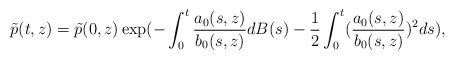
LaTeX: \begin{align*}\tilde{p}(t,z)=\tilde{p}(0,z) \exp(-\int_0^t \frac{a_0(s,z)}{b_0(s,z)}dB(s) - \frac{1}{2} \int_0^t (\frac{a_0(s,z)}{b_0(s,z)})^{2}ds),\end{align*}